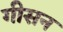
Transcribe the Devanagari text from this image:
गीसन